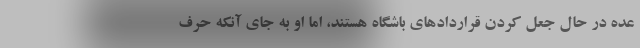
عده در حال جعل کردن قراردادهای باشگاه هستند، اما او به جای آنکه حرف